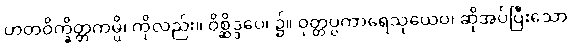
ဟတဝိက္ခိတ္တကမ္ပိ၊ ကိုလည်း။ ဝိစ္ဆိဒ္ဒပေ၊ ၌။ ဝုတ္တပ္ပကာရေသုယေဝ၊ ဆိုအပ်ပြီးသော